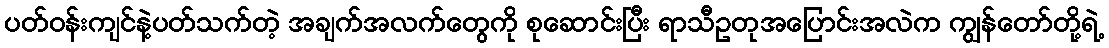
ပတ်ဝန်းကျင်နဲ့ပတ်သက်တဲ့ အချက်အလက်တွေကို စုဆောင်းပြီး ရာသီဥတုအပြောင်းအလဲက ကျွန်တော်တို့ရဲ့